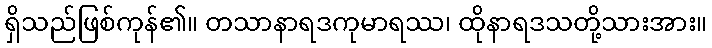
ရှိသည်ဖြစ်ကုန်၏။ တသာနာရဒကုမာရဿ၊ ထိုနာရဒသတို့သားအား။